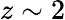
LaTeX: z\sim 2